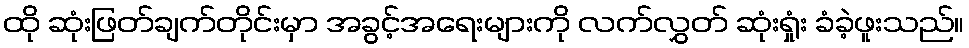
ထို ဆုံးဖြတ်ချက်တိုင်းမှာ အခွင့်အရေးများကို လက်လွှတ် ဆုံးရှုံး ခံခဲ့ဖူးသည်။